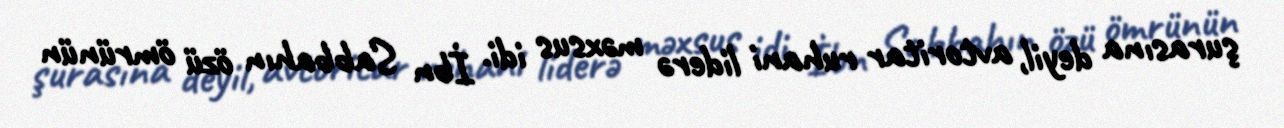
şurasına deyil, avtoritar ruhani liderə məxsus idi. İbn Sabbahın özü ömrünün